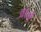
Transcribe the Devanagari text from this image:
आळु